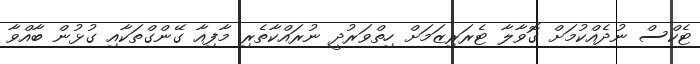
ޓެކްސް ނުދެއްކުމަށް ގޮވާލާ ޓެރަރިޒަމަށް ހިތްވަރުދީ ނުރައްކާތެރި މާފިއާ ގޭންގްތަކާއި ގުޅުން ބާއްވާ